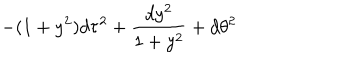
- ( 1 + y ^ { 2 } ) d \tau ^ { 2 } + { \frac { d y ^ { 2 } } { 1 + y ^ { 2 } } } + d \theta ^ { 2 }